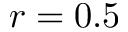
r = 0 . 5